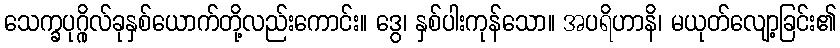
သေက္ခပုဂ္ဂိုလ်ခုနှစ်ယောက်တို့လည်းကောင်း။ ဒွေ၊ နှစ်ပါးကုန်သော။ အပရိဟာနိ၊ မယုတ်လျော့ခြင်း၏